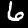
Label: 6